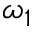
\omega _ { 1 }